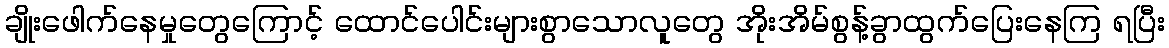
ချိုးဖေါက်နေမှုတွေကြောင့် ထောင်ပေါင်းများစွာသောလူတွေ အိုးအိမ်စွန့်ခွာထွက်ပြေးနေကြ ရပြီး